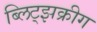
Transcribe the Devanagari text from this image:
ब्लिट्झक्रीग